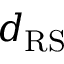
d _ { \mathrm { R S } }